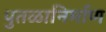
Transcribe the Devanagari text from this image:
पुतळानिर्माण